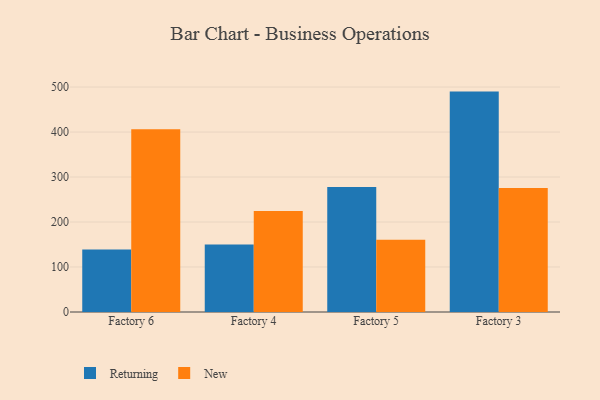
{"axis": {"x": "Factory", "y": "Backlog"}, "legend": ["New", "Returning"], "data": [{"x": "Factory 6", "y": 139.1, "type": "Returning"}, {"x": "Factory 6", "y": 406.1, "type": "New"}, {"x": "Factory 4", "y": 150.1, "type": "Returning"}, {"x": "Factory 4", "y": 224.6, "type": "New"}, {"x": "Factory 5", "y": 277.7, "type": "Returning"}, {"x": "Factory 5", "y": 160.8, "type": "New"}, {"x": "Factory 3", "y": 489.9, "type": "Returning"}, {"x": "Factory 3", "y": 275.9, "type": "New"}]}